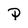
Character: P